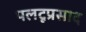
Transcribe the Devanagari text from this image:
पलटूप्रसाद